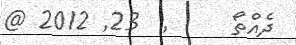
ދެއްތޯ